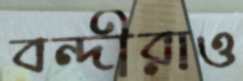
বন্দীরাও